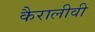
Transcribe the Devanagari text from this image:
कैरालीवी